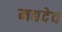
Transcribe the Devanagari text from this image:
मद्यदेव